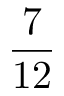
\frac { 7 } { 1 2 }